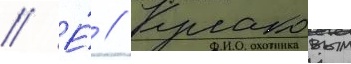
// Е́ // Кулаковым